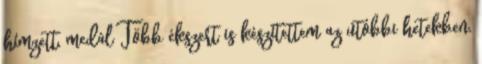
hímzett, medál Több ékszert is készítettem az utóbbi hetekben,